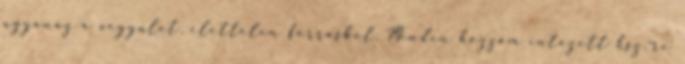
ugyanaz a vegyulet, elettelen forrasbol. Minden hozzám intézett hsz.-re